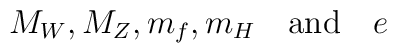
M_W ,  M_Z ,  m_f ,  m_H  \quad \mbox{and} \quad  e